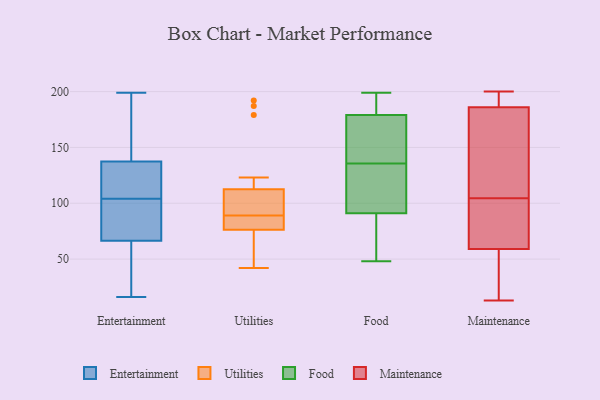
{"axis": {"x": "Gross Profit (USD K)", "y": "Value"}, "legend": ["Entertainment", "Food", "Maintenance", "Utilities"], "data": [{"x": "", "y": 155, "type": "Entertainment"}, {"x": "", "y": 127, "type": "Entertainment"}, {"x": "", "y": 19, "type": "Entertainment"}, {"x": "", "y": 83, "type": "Entertainment"}, {"x": "", "y": 51, "type": "Entertainment"}, {"x": "", "y": 61, "type": "Entertainment"}, {"x": "", "y": 104, "type": "Entertainment"}, {"x": "", "y": 16, "type": "Entertainment"}, {"x": "", "y": 118, "type": "Entertainment"}, {"x": "", "y": 91, "type": "Entertainment"}, {"x": "", "y": 160, "type": "Entertainment"}, {"x": "", "y": 141, "type": "Entertainment"}, {"x": "", "y": 89, "type": "Entertainment"}, {"x": "", "y": 199, "type": "Entertainment"}, {"x": "", "y": 119, "type": "Entertainment"}, {"x": "", "y": 94, "type": "Utilities"}, {"x": "", "y": 81, "type": "Utilities"}, {"x": "", "y": 51, "type": "Utilities"}, {"x": "", "y": 179, "type": "Utilities"}, {"x": "", "y": 42, "type": "Utilities"}, {"x": "", "y": 95, "type": "Utilities"}, {"x": "", "y": 109, "type": "Utilities"}, {"x": "", "y": 89, "type": "Utilities"}, {"x": "", "y": 71, "type": "Utilities"}, {"x": "", "y": 123, "type": "Utilities"}, {"x": "", "y": 82, "type": "Utilities"}, {"x": "", "y": 78, "type": "Utilities"}, {"x": "", "y": 84, "type": "Utilities"}, {"x": "", "y": 71, "type": "Utilities"}, {"x": "", "y": 187, "type": "Utilities"}, {"x": "", "y": 192, "type": "Utilities"}, {"x": "", "y": 96, "type": "Utilities"}, {"x": "", "y": 198, "type": "Food"}, {"x": "", "y": 67, "type": "Food"}, {"x": "", "y": 134, "type": "Food"}, {"x": "", "y": 151, "type": "Food"}, {"x": "", "y": 199, "type": "Food"}, {"x": "", "y": 122, "type": "Food"}, {"x": "", "y": 197, "type": "Food"}, {"x": "", "y": 69, "type": "Food"}, {"x": "", "y": 91, "type": "Food"}, {"x": "", "y": 137, "type": "Food"}, {"x": "", "y": 90, "type": "Food"}, {"x": "", "y": 179, "type": "Food"}, {"x": "", "y": 103, "type": "Food"}, {"x": "", "y": 48, "type": "Food"}, {"x": "", "y": 172, "type": "Food"}, {"x": "", "y": 153, "type": "Food"}, {"x": "", "y": 122, "type": "Food"}, {"x": "", "y": 189, "type": "Food"}, {"x": "", "y": 31, "type": "Maintenance"}, {"x": "", "y": 13, "type": "Maintenance"}, {"x": "", "y": 92, "type": "Maintenance"}, {"x": "", "y": 59, "type": "Maintenance"}, {"x": "", "y": 135, "type": "Maintenance"}, {"x": "", "y": 84, "type": "Maintenance"}, {"x": "", "y": 65, "type": "Maintenance"}, {"x": "", "y": 168, "type": "Maintenance"}, {"x": "", "y": 198, "type": "Maintenance"}, {"x": "", "y": 147, "type": "Maintenance"}, {"x": "", "y": 43, "type": "Maintenance"}, {"x": "", "y": 186, "type": "Maintenance"}, {"x": "", "y": 117, "type": "Maintenance"}, {"x": "", "y": 188, "type": "Maintenance"}, {"x": "", "y": 199, "type": "Maintenance"}, {"x": "", "y": 60, "type": "Maintenance"}, {"x": "", "y": 200, "type": "Maintenance"}, {"x": "", "y": 46, "type": "Maintenance"}]}